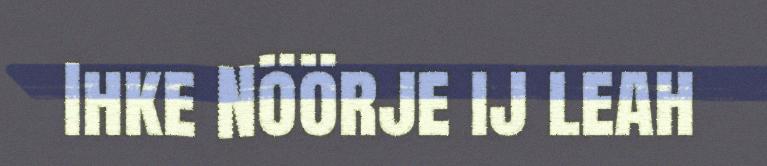
Ihke Nöörje ij leah